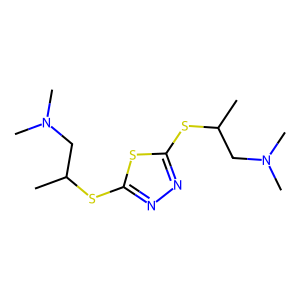
SMILES: CC(CN(C)C)Sc1nnc(SC(C)CN(C)C)s1
Inhibits HIV replication: No